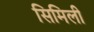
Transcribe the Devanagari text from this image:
सिमिली